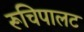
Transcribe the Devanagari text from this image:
रूचिपालट